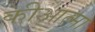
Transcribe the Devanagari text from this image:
कीआत्मा